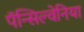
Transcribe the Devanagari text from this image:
पॅन्सिल्वेनिया